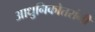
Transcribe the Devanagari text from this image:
आधुनिकोत्तरांनी